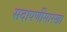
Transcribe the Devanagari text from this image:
सदापर्णीसारखा